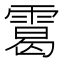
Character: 䨠